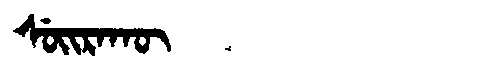
Manchu: ᠰᡠᡳᡵᠠᡴᡡ
Romanization: SUIRAKŪ